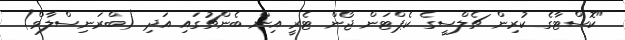
"ކޮސްޓާގެ ކުރިން ޗެލްސީގެ ކެޕްޓަން ޖޯން ޓެރީ އިން ބެންޗުގައި އަދި (ބްރަނިސްލާވް)